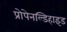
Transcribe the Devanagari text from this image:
प्रोपेनल्डिहाइड